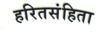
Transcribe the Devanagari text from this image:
हरितसंहिता